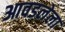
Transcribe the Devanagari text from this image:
आवडलेला